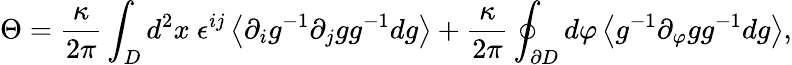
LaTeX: \Theta=\frac{\kappa}{2\pi}\int_{D}d^{2}x~\epsilon^{ij}\left<\partial_{i}g^{-1}\partial_{j}gg^{-1}dg\right>+\frac{\kappa}{2\pi}\oint_{\partial{D}}d\varphi\left<g^{-1}\partial_{\varphi}gg^{-1}dg\right>,